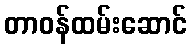
တာဝန်ထမ်းဆောင်